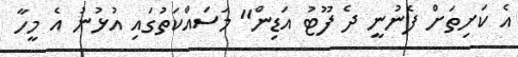
އެ ކަށިތަށް ފެނުނީ ދެ ފޫޓު އަޑިން" މަސައްކަތުގައި އުޅުނު އެ މީހާ